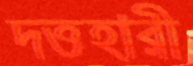
দত্তহারী